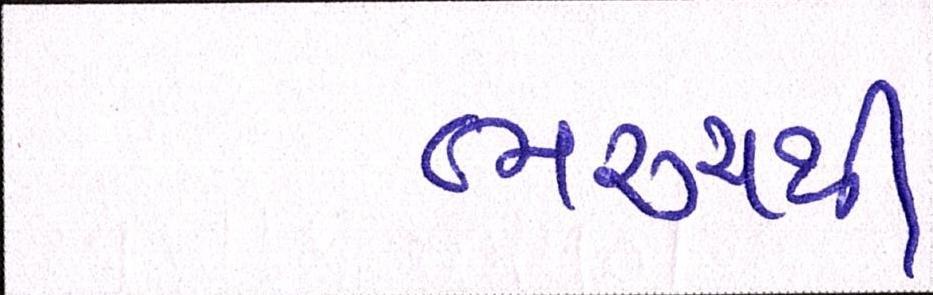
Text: ભરૂચથી